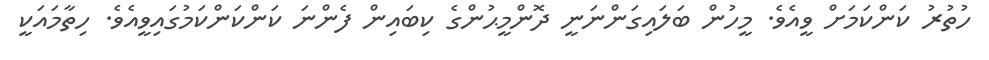
ހުތުރު ކަންކަމަށް ވީއެވެ. މީހުން ބަލައިގަންނަނީ ދޮންމީޙުންގެ ކިބައިން ފެންނަ ކަންކަންކަމުގައިވީއެވެ. ހިތާމައަކީ